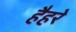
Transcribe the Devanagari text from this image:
हैहरे